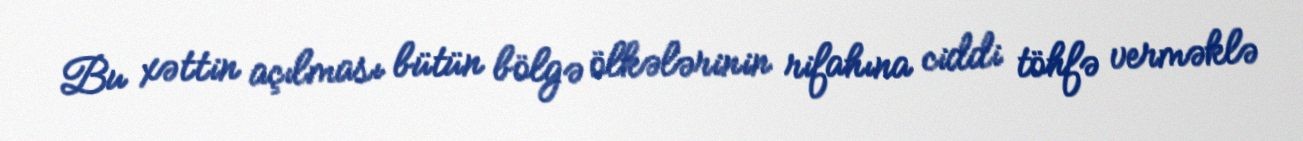
Bu xəttin açılması bütün bölgə ölkələrinin rifahına ciddi töhfə verməklə